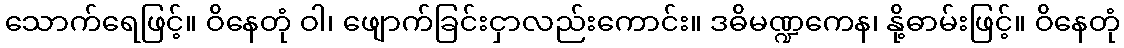
သောက်ရေဖြင့်။ ဝိနေတုံ ဝါ၊ ဖျောက်ခြင်းငှာလည်းကောင်း။ ဒဓိမဏ္ဍကေန၊ နို့ဓာမ်းဖြင့်။ ဝိနေတုံ